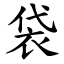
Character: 袋